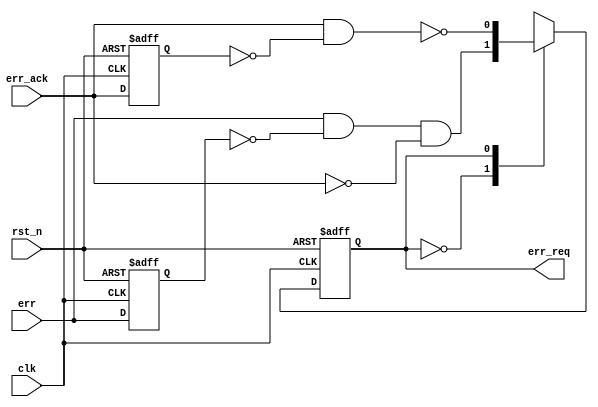
// SPDX-License-Identifier: Apache-2.0
// Copyright (C) 2019 Intel Corporation. 
//
// Name    : ECC Hand-shake Synchronizer

module altr_hps_eccsync (
  input  wire rst_n,          // Reset (active low)
  input  wire clk,            // Clock 
  input  wire err,            // Error interrupt (from ECC RAM, serr/derr)
  input  wire err_ack,        // Error interrupt request (from System Manager)
  output reg  err_req         // Error interrupt acknowledge (to GIC)
);

// Declaration
localparam IDLE = 1'b0,
           REQ  = 1'b1;

reg err_d, ack_d;
wire err_p, ack_p;

// Positive edge detection
assign err_p = err & ~err_d;
assign ack_p = err_ack & ~ack_d;

always @(posedge clk, negedge rst_n) begin
  if (~rst_n) begin
    err_d <= 1'b0;
    ack_d <= 1'b0;
    end
  else begin
    err_d <= err;
    ack_d <= err_ack;
    end
  end

// Hand-shake states
always @(posedge clk, negedge rst_n) begin
  if (~rst_n)
    err_req <= 1'b0;
  else
    case (err_req)
      IDLE: err_req <= err_p & ~err_ack;
      REQ : err_req <= ~ack_p;
      default: err_req <= 1'bx;  // simulation purpose
    endcase
end

endmodule